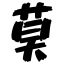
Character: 莫